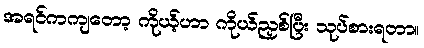
အရင်ကကျတော့ ကိုယ့်ဟာ ကိုယ်ညှစ်ပြီး သုပ်စားရတာ။